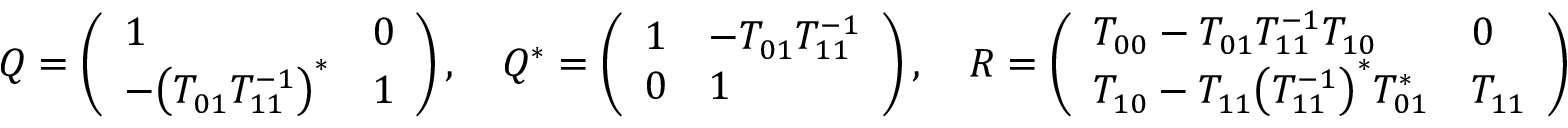
Q = \left( \begin{array} { l l } { 1 } & { 0 } \\ { - \bigl ( T _ { 0 1 } ^ { \phantom { 1 } } T _ { 1 1 } ^ { - 1 } \bigr ) ^ { * } } & { 1 } \end{array} \right) , \quad Q ^ { * } = \left( \begin{array} { l l } { 1 } & { - T _ { 0 1 } ^ { \phantom { 1 } } T _ { 1 1 } ^ { - 1 } } \\ { 0 } & { 1 } \end{array} \right) , \quad R = \left( \begin{array} { l l } { T _ { 0 0 } ^ { \phantom { 1 } } - T _ { 0 1 } ^ { \phantom { 1 } } T _ { 1 1 } ^ { - 1 } T _ { 1 0 } ^ { \phantom { 1 } } } & { 0 } \\ { T _ { 1 0 } ^ { \phantom { 1 } } - T _ { 1 1 } ^ { \phantom { 1 } } \bigl ( T _ { 1 1 } ^ { - 1 } \bigr ) ^ { * } T _ { 0 1 } ^ { * } } & { T _ { 1 1 } ^ { \phantom { 1 } } } \end{array} \right)